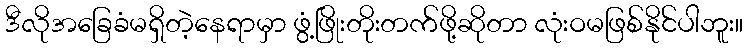
ဒီလိုအခြေခံမရှိတဲ့နေရာမှာ ဖွံ့ဖြိုးတိုးတက်ဖို့ဆိုတာ လုံးဝမဖြစ်နိုင်ပါဘူး။